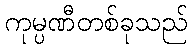
ကုမ္ပဏီတစ်ခုသည်